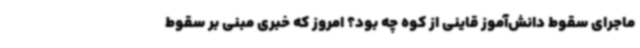
ماجرای سقوط دانش‌آموز قاینی از کوه چه بود؟ امروز که خبری مبنی بر سقوط